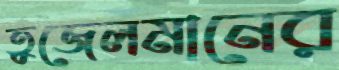
তুজেলমানের